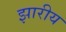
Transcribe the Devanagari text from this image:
झारीय